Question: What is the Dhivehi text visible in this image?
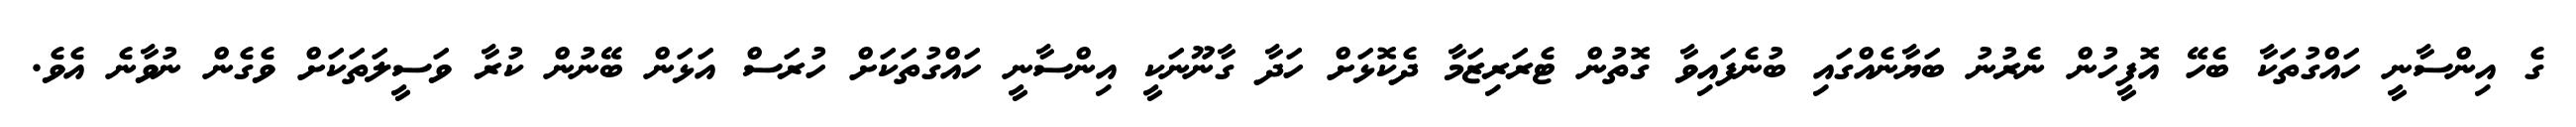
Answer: ގެ އިންސާނީ ހައްގުތަކާ ބެހޭ އޮފީހުން ނެރުނު ބަޔާނެއްގައި ބުނެފައިވާ ގޮތުން ޓެރަރިޒަމާ ދެކޮޅަށް ހަދާ ގާނޫނަކީ އިންސާނީ ހައްގުތަކަށް ހުރަސް އަޅަން ބޭނުން ކުރާ ވަސީލަތަކަށް ވެގެން ނުވާނެ އެވެ.